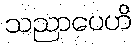
သညာပေဟိ